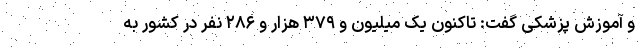
و آموزش پزشکی گفت: تاکنون یک میلیون و ۳۷۹ هزار و ۲۸۶ نفر در کشور به